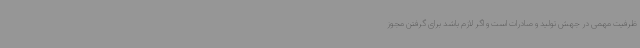
ظرفیت مهمی در جهش تولید و صادرات است و اگر لازم باشد برای گرفتن مجوز